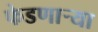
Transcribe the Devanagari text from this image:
फेडणाऱ्या